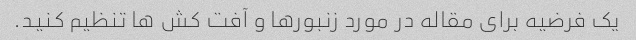
یک فرضیه برای مقاله در مورد زنبورها و آفت کش ها تنظیم کنید.